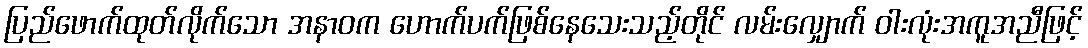
ပြည်ဖောက်ထုတ်လိုက်သော အနာဝက ဟောက်ပက်ဖြစ်နေသေးသည့်တိုင် လမ်းလျှောက် ဝါးလုံးအကူအညီဖြင့်